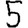
Digit: 5